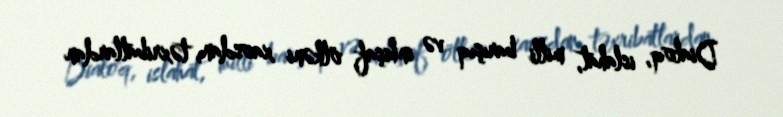
Dialoq, islahat, milli barışıq və inkişaf ölkəni xaosdan, təxribatlardan